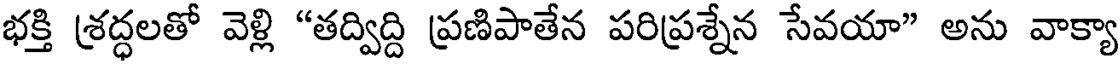
భక్తి శ్రద్ధలతో వెళ్లి "తద్విద్ది ప్రణిపాతేన పరిప్రశ్నేన సేవయా" అను వాక్యా